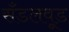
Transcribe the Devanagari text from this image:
सँडलवूड